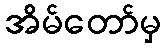
အိမ်တော်မှ